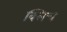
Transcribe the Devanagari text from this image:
क्लिच